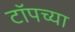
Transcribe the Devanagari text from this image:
टाॅपच्या